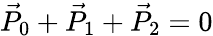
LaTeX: \vec{P}_{0}+\vec{P}_{1}+\vec{P}_{2}=0